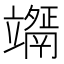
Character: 𥫇